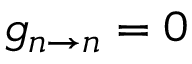
g _ { n \rightarrow n } = 0